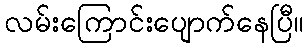
လမ်းကြောင်းပျောက်နေပြီ။